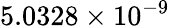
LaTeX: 5.0328\times 10^{-9}